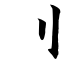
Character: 刂